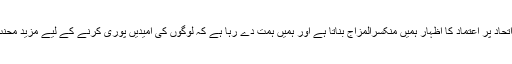
ہمارے اتحاد پر اعتماد کا اظہار ہمیں منکسرالمزاج بناتا ہے اور ہمیں ہمت دے رہا ہے کہ لوگوں کی امیدیں پوری کرنے کے لیے مزید محنت کریں۔